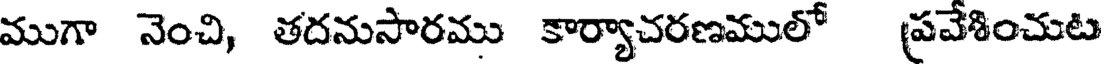
ముగా నెంచి, తదనుసారము కార్యాచరణములో ప్రవేశించుట